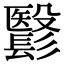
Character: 𩮵